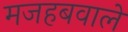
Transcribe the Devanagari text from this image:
मजहबवाले